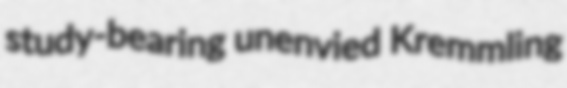
study-bearing unenvied Kremmling